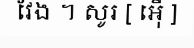
វែង ។ សូរ [ អ៊ើ ]